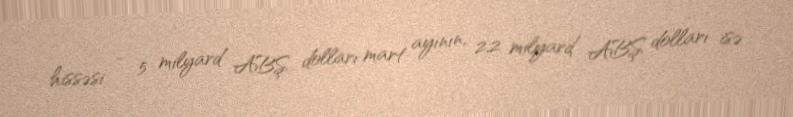
hissəsi - 5 milyard ABŞ dolları mart ayının, 2,2 milyard ABŞ dolları isə